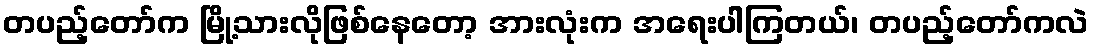
တပည့်တော်က မြို့သားလိုဖြစ်နေတော့ အားလုံးက အရေးပါကြတယ်၊ တပည့်တော်ကလဲ